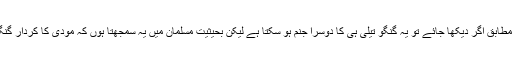
ہندوؤں کے عقائد کے مطابق اگر دیکھا جائے تو یہ گنگو تیلی ہی کا دوسرا جنم ہو سکتا ہے لیکن بحیثیت مسلمان میں یہ سمجھتا ہوں کہ مودی کا کردار گنگو تیلی سے مماثل ہے۔